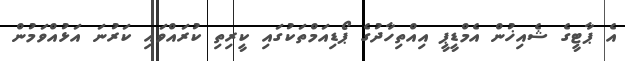
އެ ޕާޓީގެ ޝެއިޚުން އެމްޑީޕީ އިއްތިހާދުގެ ޕޯޑިއަމްތަކުގައި ކީރިތި ކުރައްވައި ކަރުނަ އަޅުއްވަމުން